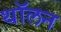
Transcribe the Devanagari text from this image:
थॉलन